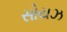
સોયઝ